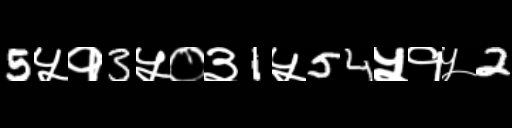
Text: 5५१3५०३1५54५१५2